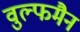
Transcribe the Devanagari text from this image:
वुल्फमैन